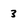
Character: 3